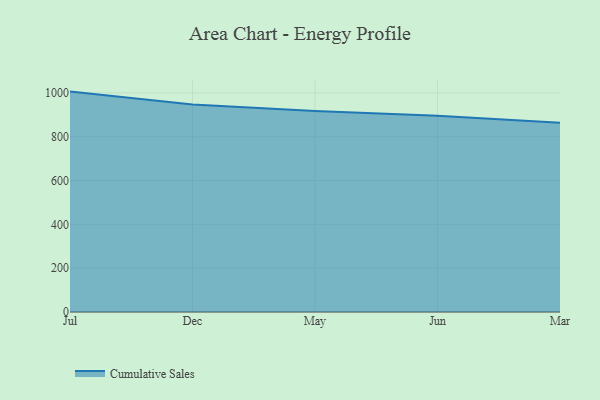
{"axis": {"x": "Month", "y": "Satisfaction Score"}, "legend": ["Cumulative Sales"], "data": [{"x": "Jul", "y": 1005.8, "type": "Cumulative Sales"}, {"x": "Dec", "y": 946.8, "type": "Cumulative Sales"}, {"x": "May", "y": 916.9, "type": "Cumulative Sales"}, {"x": "Jun", "y": 895.8, "type": "Cumulative Sales"}, {"x": "Mar", "y": 863.3, "type": "Cumulative Sales"}]}